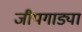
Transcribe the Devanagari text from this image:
जीपगाड्या